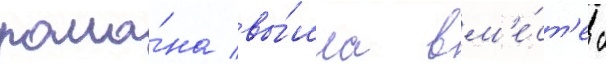
рома́на вы́шла вм'е́ст'е с